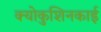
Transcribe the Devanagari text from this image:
क्योकुशिनकाई